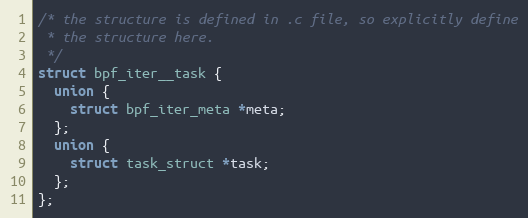
Language: C++
/* the structure is defined in .c file, so explicitly define
 * the structure here.
 */
struct bpf_iter__task {
  union {
    struct bpf_iter_meta *meta;
  };
  union {
    struct task_struct *task;
  };
};